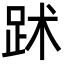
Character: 䟣